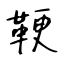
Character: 鞕